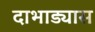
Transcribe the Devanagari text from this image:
दाभाड्यास